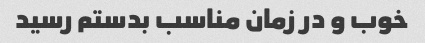
خوب و در زمان مناسب بدستم رسید